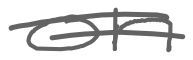
Text: on
Cross-out: double-line
Writing tool: digital_gray